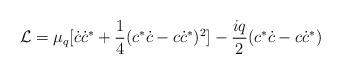
LaTeX: \begin{align*}{\cal L}=\mu_q [\dot c\dot c^*+ \frac{1}{4} (c^*\dot c-c\dot c^*)^2]-\frac{iq}{2} (c^*\dot c-c\dot c^*)\end{align*}